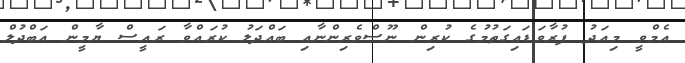
އެމްވީ މިއަދު ފުރާވަޑައިގަތުމުގެ ކުރިން ނޫސްވެރިންނާއި ބައްދަލު ކުރައްވާ ރައީސް ޔާމީން އަބްދުލް